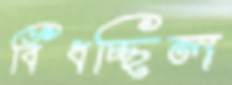
বিঁধচ্ছিল